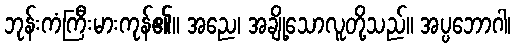
ဘုန်းကံကြီးမားကုန်၏။ အညေ၊ အချို့သောလူတို့သည်။ အပ္ပဘောဂါ၊